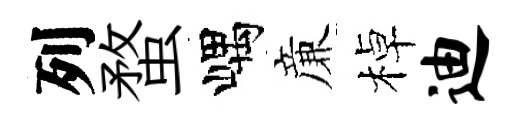
列蝥嵎亷棹迪